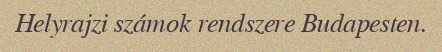
Helyrajzi számok rendszere Budapesten.